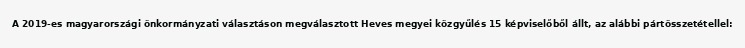
A 2019-es magyarországi önkormányzati választáson megválasztott Heves megyei közgyűlés 15 képviselőből állt, az alábbi pártösszetétellel: